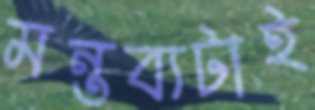
মন্তব্যটাই